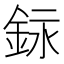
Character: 銢